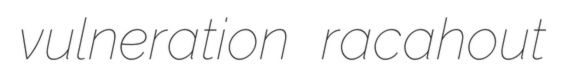
vulneration racahout